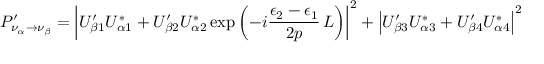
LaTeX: P _ { \nu _ { \alpha } \to \nu _ { \beta } } ^ { \prime } = \left| U _ { \beta 1 } ^ { \prime } U _ { \alpha 1 } ^ { * } + U _ { \beta 2 } ^ { \prime } U _ { \alpha 2 } ^ { * } \exp { \left( - i \frac { \epsilon _ { 2 } - \epsilon _ { 1 } } { 2 p } \, L \right) } \right| ^ { 2 } + \left| U _ { \beta 3 } ^ { \prime } U _ { \alpha 3 } ^ { * } + U _ { \beta 4 } ^ { \prime } U _ { \alpha 4 } ^ { * } \right| ^ { 2 }